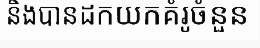
និងបានដកយកគំរូចំនួន